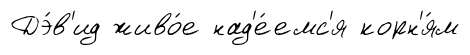
Дэ́в'ид живо́е над'е́емс'я корн'я́м